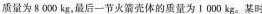
质量为8000kg，最后一节火箭壳体的质量为1000kg。某时